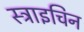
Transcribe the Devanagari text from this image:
स्ट्राइचिन